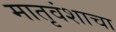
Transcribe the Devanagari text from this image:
मातृवंशाचा